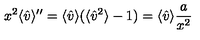
x ^ { 2 } \langle { \hat { v } } \rangle ^ { \prime \prime } = \langle { \hat { v } } \rangle ( \langle { \hat { v } } ^ { 2 } \rangle - 1 ) = \langle { \hat { v } } \rangle { \frac { a } { x ^ { 2 } } }